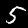
Digit: 5